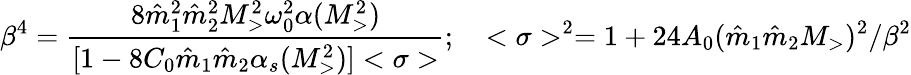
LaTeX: \beta^{4}={\frac{8{\hat{m}}_{1}^{2}{\hat{m}}_{2}^{2}M_{>}^{2}\omega_{0}^{2}\alpha(M_{>}^{2})}{[1-8C_{0}{\hat{m}}_{1}{\hat{m}}_{2}\alpha_{s}(M_{>}^{2})]<\sigma>}};\quad<\sigma>^{2}=1+24A_{0}({\hat{m}}_{1}{\hat{m}}_{2}M_{>})^{2}/\beta^{2}